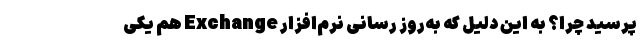
­‌پرسید چرا؟ به این دلیل که به‌روز رسانی نرم‌­افزار Exchange هم یکی